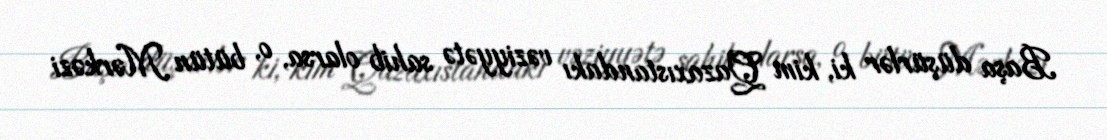
Başa düşürlər ki, kim Qazaxıstandakı vəziyyətə sahib olarsa, o, bütün Mərkəzi